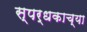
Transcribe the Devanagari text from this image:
स्पर्धकाच्या